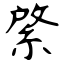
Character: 綮